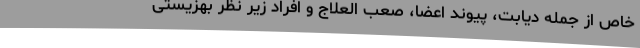
خاص از جمله دیابت، پیوند اعضا، صعب العلاج و افراد زیر نظر بهزیستی